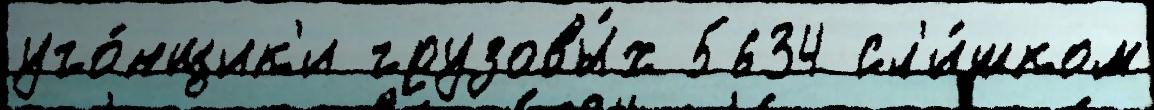
уго́нщик'и грузовы́х 5634 сл'и́шком